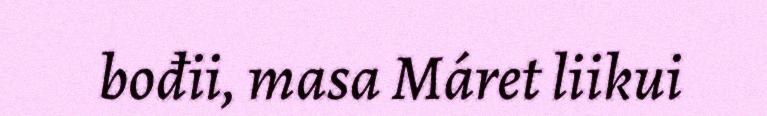
bođii, masa Máret liikui